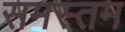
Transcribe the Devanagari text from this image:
समस्तम